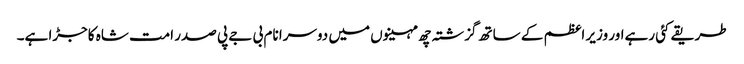
طریقے کئی رہےاور وزیر اعظم کے ساتھ گزشتہ چھ مہینوں میں دوسرا نام بی جے پی صدر امت شاہ کاجڑا ہے۔